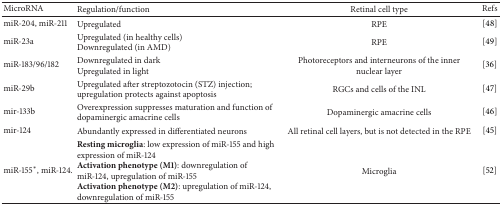
| MicroRNA | Regulation/function | Retinal cell type | Refs |
 | --- | --- | --- | --- |
 | miR-204, miR-211 | Upregulated | RPE | [48] |
 | miR-23a | Upregulated (in healthy cells)Downregulated (in AMD) | RPE | [49] |
 | miR-183/96/182 | Downregulated in darkUpregulated in light | Photoreceptors and interneurons of the inner nuclear layer | [36] |
 | miR-29b | Upregulated after streptozotocin (STZ) injection; upregulation protects against apoptosis | RGCs and cells of the INL | [47] |
 | mir-133b | Overexpression suppresses maturation and function of dopaminergic amacrine cells | Dopaminergic amacrine cells | [46] |
 | mir-124 | Abundantly expressed in differentiated neurons | All retinal cell layers, but is not detected in the RPE | [45] |
 | miR-155*, miR-124. | Resting microglia: low expression of miR-155 and high expression of miR-124Activation phenotype (M1): downregulation of miR-124, upregulation of miR-155Activation phenotype (M2): upregulation of miR-124, downregulation of miR-155 | Microglia | [52] |